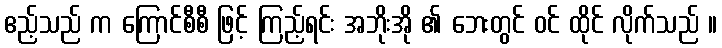
ဧည့်သည် က ကြောင်စီစီ ဖြင့် ကြည့်ရင်း အဘိုးအို ၏ ဘေးတွင် ဝင် ထိုင် လိုက်သည် ။